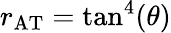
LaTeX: r_{\mathrm{AT}}=\tan^{4}(\theta)